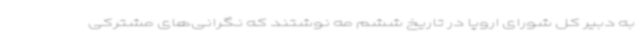
به دبیر کل شورای اروپا در تاریخ ششم مه نوشتند که نگرانی‌های مشترکی